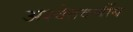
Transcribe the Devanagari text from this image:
अश्वेतवर्णीय